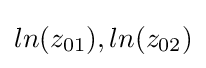
ln(z_{01}),ln(z_{02})